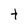
Character: t